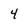
Character: 4